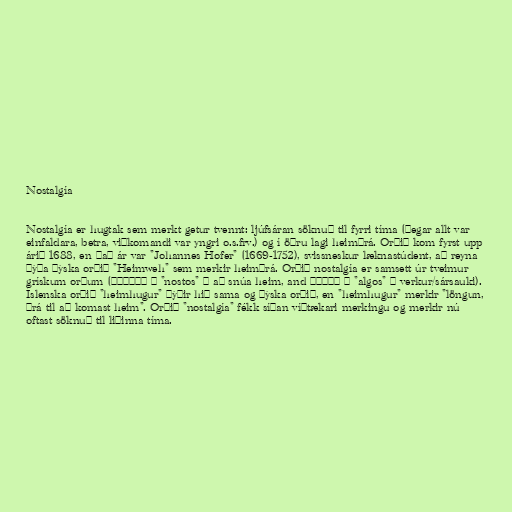
Nostalgía

Nostalgía er hugtak sem merkt getur tvennt: ljúfsáran söknuð til fyrri tíma (þegar allt var
einfaldara, betra, viðkomandi var yngri o.s.frv.) og í öðru lagi heimþrá. Orðið kom fyrst upp
árið 1688, en það ár var "Johannes Hofer" (1669-1752), svissneskur læknastúdent, að reyna
þýða þýska orðið "Heimweh" sem merkir heimþrá. Orðið nostalgía er samsett úr tveimur
grískum orðum (νόστος = "nostos" = að snúa heim, and άλγος = "algos" = verkur/sársauki).
Íslenska orðið "heimhugur" þýðir hið sama og þýska orðið, en "heimhugur" merkir "löngun,
þrá til að komast heim". Orðið "nostalgía" fékk síðan víðtækari merkingu og merkir nú
oftast söknuð til liðinna tíma.